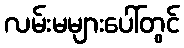
လမ်းမများပေါ်တွင်